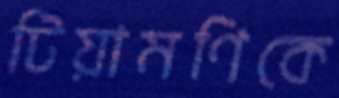
টিয়ামণিকে